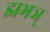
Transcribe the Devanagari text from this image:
झभञ्